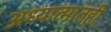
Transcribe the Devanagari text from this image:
अध्यात्मातही